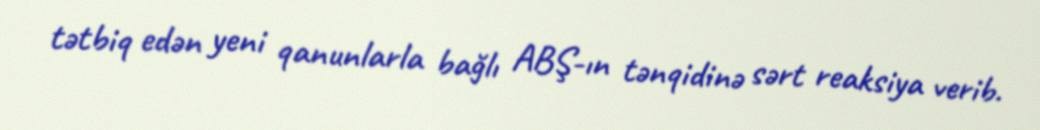
tətbiq edən yeni qanunlarla bağlı ABŞ-ın tənqidinə sərt reaksiya verib.